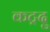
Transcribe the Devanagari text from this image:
कट्रदु